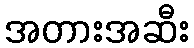
အတားအဆီး